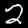
Digit: 2